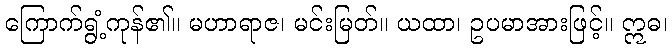
ကြောက်ရွံ့ကုန်၏။ မဟာရာဇ၊ မင်းမြတ်။ ယထာ၊ ဥပမာအားဖြင့်။ ဣဓ၊